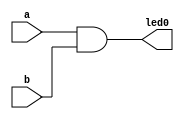
/*
 projeto00.v
 Irei usar esse projeto para descobrir experimenalmente se os LEDs e botes da placa funionam em nvel
 alto ou baixo, i.e., o LED liga quando recebe 0 ou 1? Quando o boto no est pressionado ele gera 0 ou 1?
*/

module projeto00 (a,b, led0);
	
	input a,b;
	output led0; 
	
	//Funcionamento do circuito - abordagem estrutural
	
	and u1 (led0,a,b);

endmodule